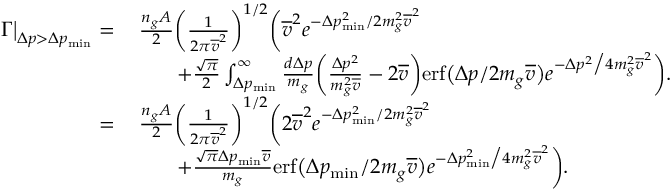
\begin{array} { r l } { \Gamma \big | _ { \Delta p > \Delta p _ { \mathrm { m i n } } } = } & { \, \frac { n _ { g } A } { 2 } \bigg ( \frac { 1 } { 2 \pi \overline { { v } } ^ { 2 } } \bigg ) ^ { 1 / 2 } \bigg ( \overline { { v } } ^ { 2 } e ^ { - \Delta p _ { \mathrm { m i n } } ^ { 2 } / 2 m _ { g } ^ { 2 } \overline { { v } } ^ { 2 } } } \\ & { \qquad + \frac { \sqrt { \pi } } { 2 } \int _ { \Delta p _ { \mathrm { m i n } } } ^ { \infty } \frac { d \Delta p } { m _ { g } } \bigg ( \frac { \Delta p ^ { 2 } } { m _ { g } ^ { 2 } \overline { { v } } } - 2 \overline { { v } } \bigg ) \mathrm { e r f } \big ( \Delta p / 2 m _ { g } \overline { { v } } \big ) e ^ { - \Delta p ^ { 2 } \big / 4 m _ { g } ^ { 2 } \overline { { v } } ^ { 2 } } \bigg ) . } \\ { = } & { \, \frac { n _ { g } A } { 2 } \bigg ( \frac { 1 } { 2 \pi \overline { { v } } ^ { 2 } } \bigg ) ^ { 1 / 2 } \bigg ( 2 \overline { { v } } ^ { 2 } e ^ { - \Delta p _ { \mathrm { m i n } } ^ { 2 } / 2 m _ { g } ^ { 2 } \overline { { v } } ^ { 2 } } } \\ & { \qquad + \frac { \sqrt { \pi } \Delta p _ { \mathrm { m i n } } \overline { { v } } } { m _ { g } } \mathrm { e r f } \big ( \Delta p _ { \mathrm { m i n } } / 2 m _ { g } \overline { { v } } \big ) e ^ { - \Delta p _ { \mathrm { m i n } } ^ { 2 } \big / 4 m _ { g } ^ { 2 } \overline { { v } } ^ { 2 } } \bigg ) . } \end{array}